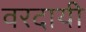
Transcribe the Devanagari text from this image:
वरदायी